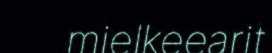
mielkeearit